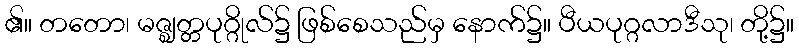
၏။ တတော၊ မဇ္ဈတ္တပုဂ္ဂိုလ်၌ ဖြစ်စေသည်မှ နောက်၌။ ပီယပုဂ္ဂလာဒီသု၊ တို့၌။